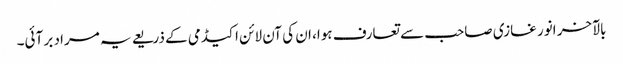
بالآخر انور غازی صاحب سے تعارف ہوا، ان کی آن لائن اکیڈمی کے ذریعے یہ مراد بر آئی۔